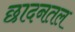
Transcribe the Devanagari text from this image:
छादनतल